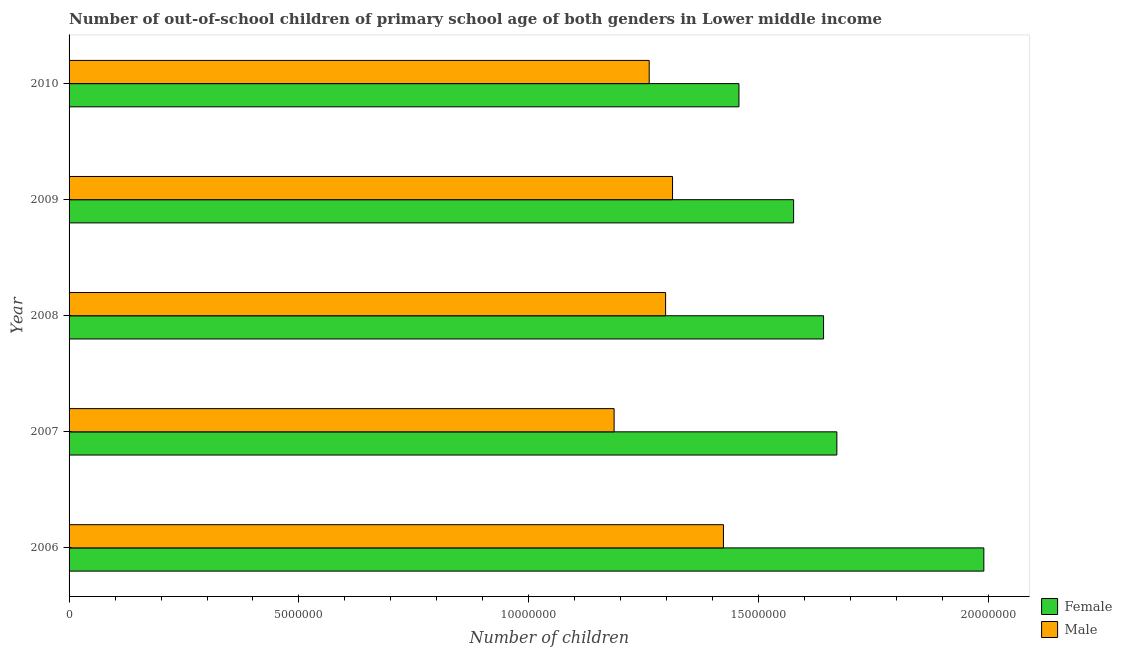
| Year | Female | Male |
 | --- | --- | --- |
 | 2006 | 1.99e+07 | 1.42e+07 |
 | 2007 | 1.67e+07 | 1.19e+07 |
 | 2008 | 1.64e+07 | 1.3e+07 |
 | 2009 | 1.58e+07 | 1.31e+07 |
 | 2010 | 1.46e+07 | 1.26e+07 |